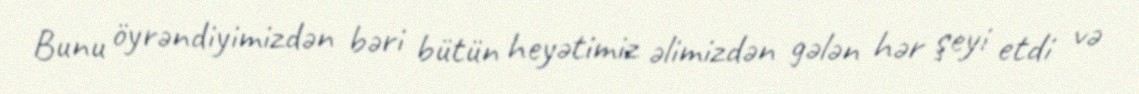
Bunu öyrəndiyimizdən bəri bütün heyətimiz əlimizdən gələn hər şeyi etdi və